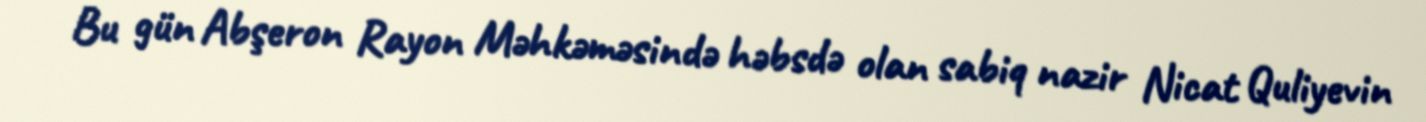
Bu gün Abşeron Rayon Məhkəməsində həbsdə olan sabiq nazir Nicat Quliyevin